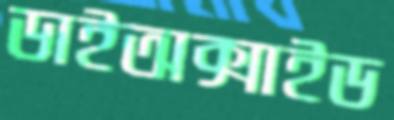
ডাইঅক্সাইড